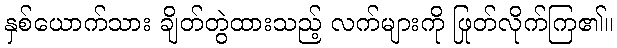
နှစ်ယောက်သား ချိတ်တွဲထားသည့် လက်များကို ဖြုတ်လိုက်ကြ၏။